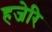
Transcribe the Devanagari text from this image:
हजेरि